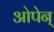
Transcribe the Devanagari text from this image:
ओपेन्